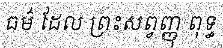
ធម៌ ដែល ព្រះសព្វញ្ញុ ពុទ្ធ